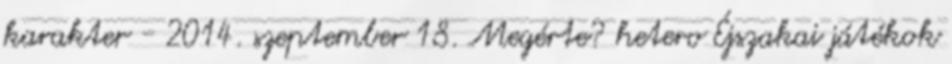
karakter - 2014. szeptember 18. Megérte? hetero Éjszakai játékok